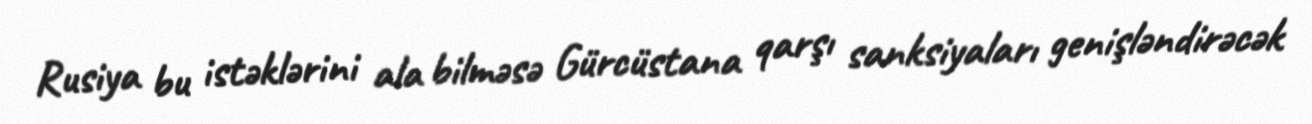
Rusiya bu istəklərini ala bilməsə Gürcüstana qarşı sanksiyaları genişləndirəcək